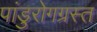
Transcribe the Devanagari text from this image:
पांडुरोगग्रस्त